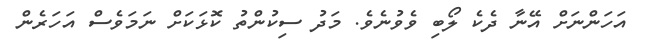
އަހަންނަށް އޭނާ ދެކެ ލޯބި ވެވުނެވެ. މަދު ސިކުންތު ކޮޅަކަށް ނަމަވެސް އަހަރެން